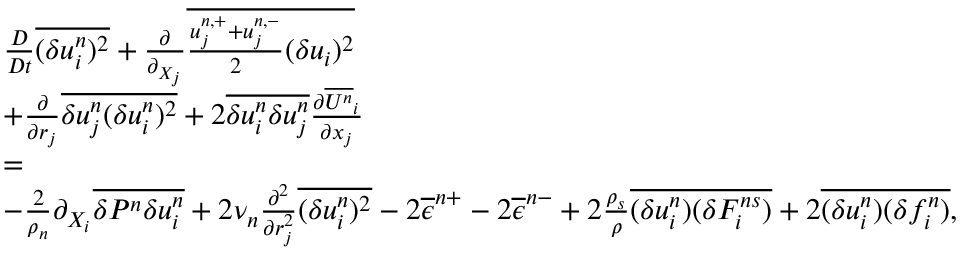
\begin{array} { r l r } & { \frac { D } { D t } \overline { { ( \delta u _ { i } ^ { n } ) ^ { 2 } } } + \frac { \partial } { \partial _ { X _ { j } } } \overline { { \frac { u _ { j } ^ { n , + } + u _ { j } ^ { n , - } } { 2 } ( \delta u _ { i } ) ^ { 2 } } } } & \\ & { + \frac { \partial } { \partial { r _ { j } } } \overline { { \delta u _ { j } ^ { n } ( \delta u _ { i } ^ { n } ) ^ { 2 } } } + 2 \overline { { \delta u _ { i } ^ { n } \delta u _ { j } ^ { n } } } \frac { \partial \overline { { U ^ { n } } } _ { i } } { \partial x _ { j } } } & \\ & { = } & \\ & { - \frac { 2 } { \rho _ { n } } \partial _ { X _ { i } } \overline { { \delta P ^ { n } \delta u _ { i } ^ { n } } } + 2 \nu _ { n } \frac { \partial ^ { 2 } } { \partial r _ { j } ^ { 2 } } \overline { { ( \delta u _ { i } ^ { n } ) ^ { 2 } } } - 2 \overline { { \epsilon } } ^ { n + } - 2 \overline { { \epsilon } } ^ { n - } + 2 \frac { \rho _ { s } } { \rho } \overline { { ( \delta u _ { i } ^ { n } ) ( \delta F _ { i } ^ { n s } ) } } + 2 \overline { { ( \delta u _ { i } ^ { n } ) ( \delta f _ { i } ^ { n } ) } } , } & \end{array}